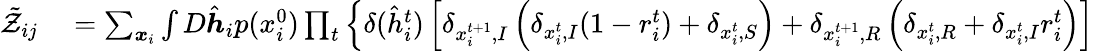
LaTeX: \begin{array}{rl}{\tilde{\mathcal{Z}}_{ij}}&{{}=\sum_{\boldsymbol{x}_{i}}\int D\hat{\boldsymbol{h}}_{i}p(x_{i}^{0})\prod_{t}\left\{ \delta(\hat{h}_{i}^{t})\left[\delta_{x_{i}^{t+1},I}\left(\delta_{x_{i}^{t},I}(1-r_{i}^{t})+\delta_{x_{i}^{t},S}\right)+\delta_{x_{i}^{t+1},R}\left(\delta_{x_{i}^{t},R}+\delta_{x_{i}^{t},I}r_{i}^{t}\right)\right]\right.}\end{array}